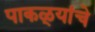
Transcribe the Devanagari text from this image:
पाकळ्यांचे